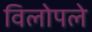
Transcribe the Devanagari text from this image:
विलोपले